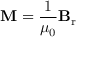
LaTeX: \mathbf { M } = { \frac { 1 } { \mu _ { 0 } } } \mathbf { B } _ { \mathrm { r } }